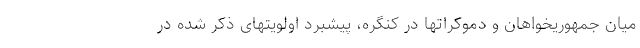
میان جمهوریخواهان و دموکراتها در کنگره، پیشبرد اولویتهای ذکر شده در